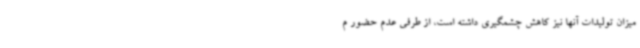
میزان تولیدات آنها نیز کاهش چشمگیری داشته است، از طرفی عدم حضور م